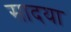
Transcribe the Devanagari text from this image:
सादया